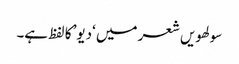
سولھویں شعر میں ‘دیو’ کا لفظ ہے۔